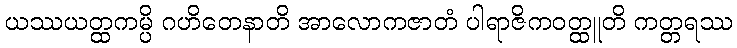
ယဿယတ္ထကမ္ပိ ဂဟိတေနာတိ အာလောကဇာတံ ပါရာဇိကဝတ္ထူတိ ကတ္တရဿ